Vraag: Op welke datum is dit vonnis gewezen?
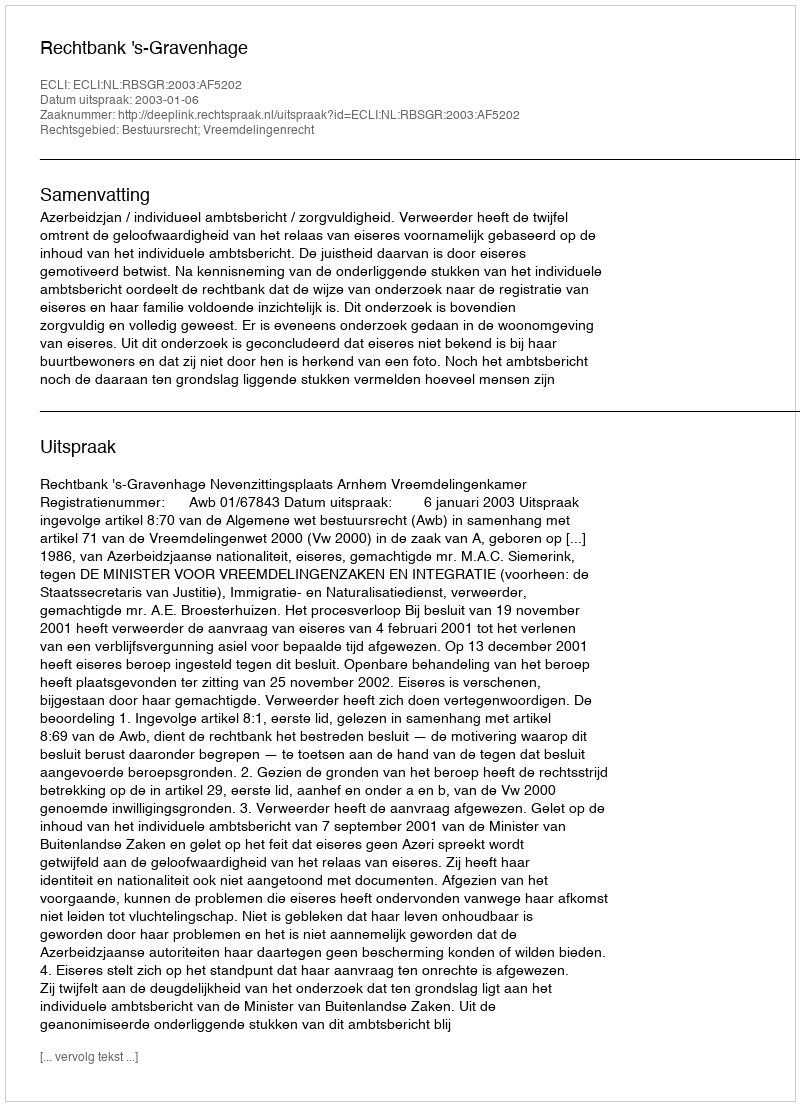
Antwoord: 2003-01-06